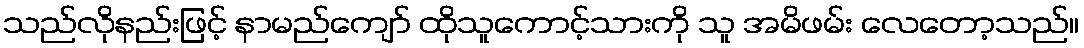
သည်လိုနည်းဖြင့် နာမည်ကျော် ထိုသူကောင့်သားကို သူ အမိဖမ်း လေတော့သည်။